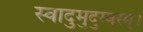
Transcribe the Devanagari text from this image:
स्वादुमुदुम्बरम्।